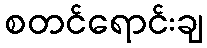
စတင်ရောင်းချ